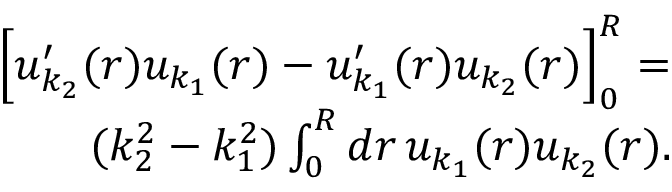
\begin{array} { r } { \left[ u _ { k _ { 2 } } ^ { \prime } ( r ) u _ { k _ { 1 } } ( r ) - u _ { k _ { 1 } } ^ { \prime } ( r ) u _ { k _ { 2 } } ( r ) \right] _ { 0 } ^ { R } = } \\ { ( k _ { 2 } ^ { 2 } - k _ { 1 } ^ { 2 } ) \int _ { 0 } ^ { R } d r \, u _ { k _ { 1 } } ( r ) u _ { k _ { 2 } } ( r ) . } \end{array}